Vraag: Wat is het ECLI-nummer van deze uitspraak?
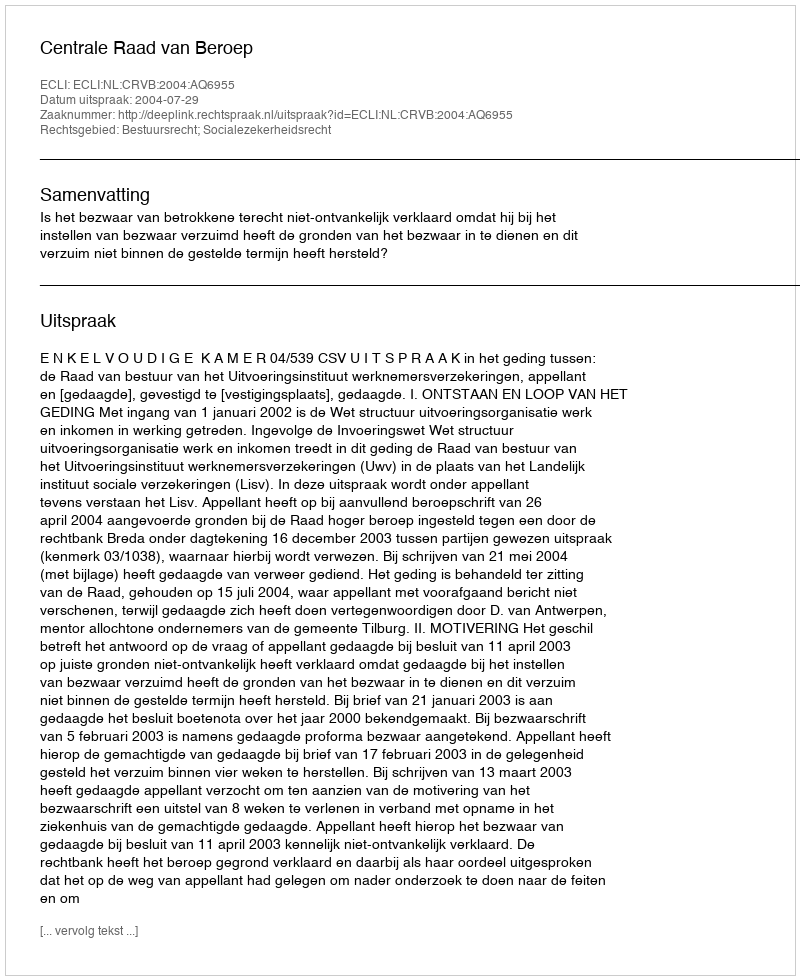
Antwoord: ECLI:NL:CRVB:2004:AQ6955